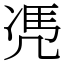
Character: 𠙖